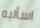
اسأليه